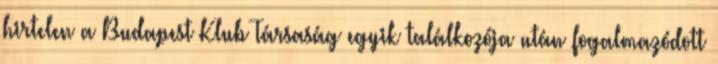
hirtelen a Budapest Klub Társaság egyik találkozója után fogalmazódott